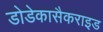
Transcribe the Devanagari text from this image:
डोडेकासैकराइड